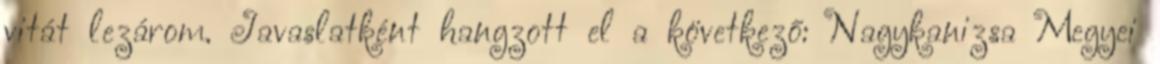
vitát lezárom. Javaslatként hangzott el a következő: Nagykanizsa Megyei